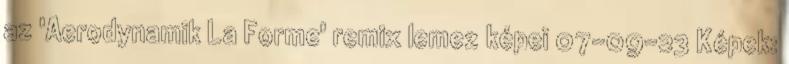
az 'Aerodynamik La Forme' remix lemez képei 07-09-23 Képek: